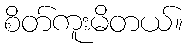
စိတ်ကူးမိတယ်။